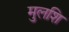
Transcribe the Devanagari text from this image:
मुलशि